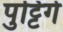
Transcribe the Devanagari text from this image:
पुट्टिगे